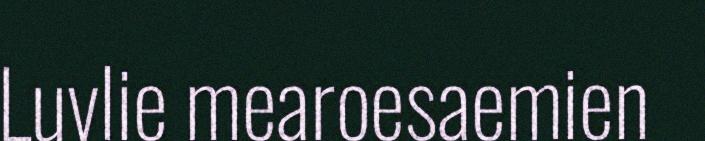
Luvlie mearoesaemien